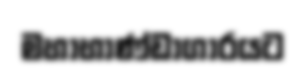
මහාභාණ්ඩාගාරයට